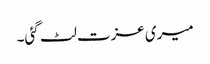
میری عزت لٹ گئی۔